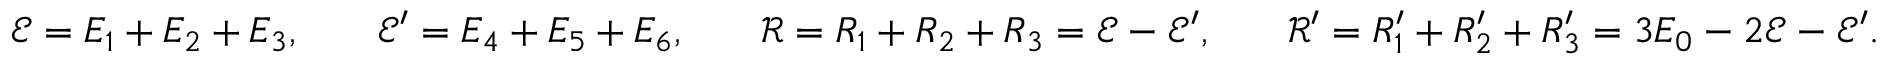
\begin{array} { r l r l r l r l } & { \mathcal { E } = E _ { 1 } + E _ { 2 } + E _ { 3 } , } & & { \mathcal { E } ^ { \prime } = E _ { 4 } + E _ { 5 } + E _ { 6 } , } & & { \mathcal { R } = R _ { 1 } + R _ { 2 } + R _ { 3 } = \mathcal { E } - \mathcal { E } ^ { \prime } , } & & { \mathcal { R } ^ { \prime } = R _ { 1 } ^ { \prime } + R _ { 2 } ^ { \prime } + R _ { 3 } ^ { \prime } = 3 E _ { 0 } - 2 \mathcal { E } - \mathcal { E } ^ { \prime } . } \end{array}